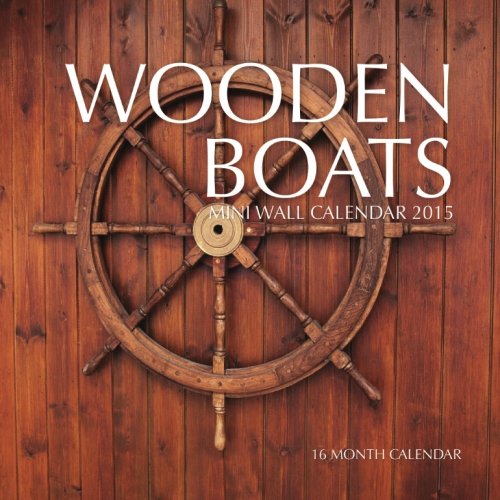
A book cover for Wooden Boats Mini Wall Calendar 2015: 16 Month Calendar; Sam Hub; Calendars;